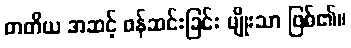
တတိယ အဆင့် ဖန်ဆင်းခြင်း မျိုးသာ ဖြစ်၏။